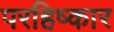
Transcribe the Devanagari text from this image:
परहिष्कार